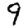
Digit: 9